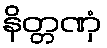
နိတ္တဏှံ